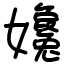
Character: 㜶